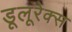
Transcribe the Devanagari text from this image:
डूलूरेक्स